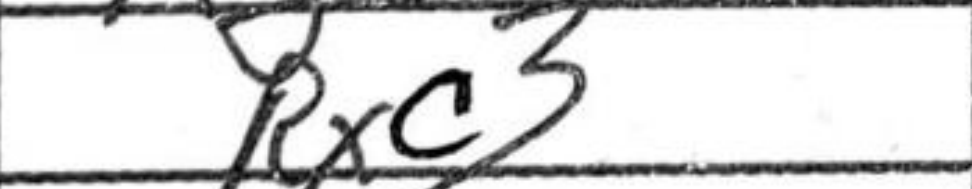
Transcription: Rxc3